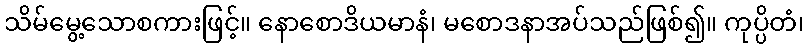
သိမ်မွေ့သောစကားဖြင့်။ နောစောဒိယမာနံ၊ မစောဒနာအပ်သည်ဖြစ်၍။ ကုပ္ပိတံ၊